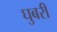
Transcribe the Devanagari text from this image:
घुबरी